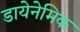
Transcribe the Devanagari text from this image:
डायेनेमिक